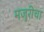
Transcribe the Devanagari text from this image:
मजुरीचा